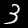
Label: 3